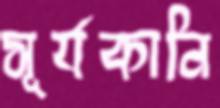
সূর্যকানি